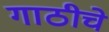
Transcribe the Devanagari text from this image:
गाठीचे